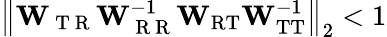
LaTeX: \left\Vert\mathbf{W}_{\mathrm{~T~R~}}\mathbf{W}_{\mathrm{~R~R~}}^{-1}\mathbf{W}_{\mathrm{RT}}\mathbf{W}_{\mathrm{TT}}^{-1}\right\Vert_{2}<1